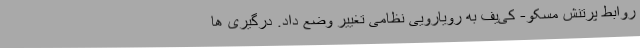
روابط پرتنش مسکو- کی‌یف به رویارویی نظامی تغییر وضع داد. درگیری ها